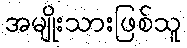
အမျိုးသားဖြစ်သူ